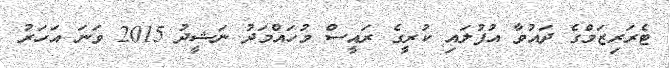
ޓެރަރިޒަމްގެ ދައުވާ އުފުލައި ކުރީގެ ރައީސް މުހައްމަދު ނަޝީދު 2015 ވަނަ އަހަރު